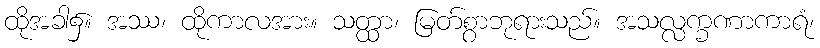
ထိုအခါ၌။ အဿ၊ ထိုကာလအား။ သတ္ထာ၊ မြတ်စွာဘုရားသည်။ အသလ္လက္ခဏာကာရံ၊